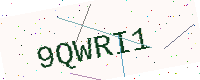
Text: 9QWRI1